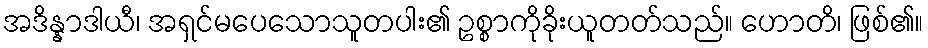
အဒိန္နာဒါယီ၊ အရှင်မပေသောသူတပါး၏ ဥစ္စာကိုခိုးယူတတ်သည်။ ဟောတိ၊ ဖြစ်၏။